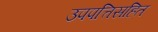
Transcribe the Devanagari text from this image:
उपपत्तिसहित